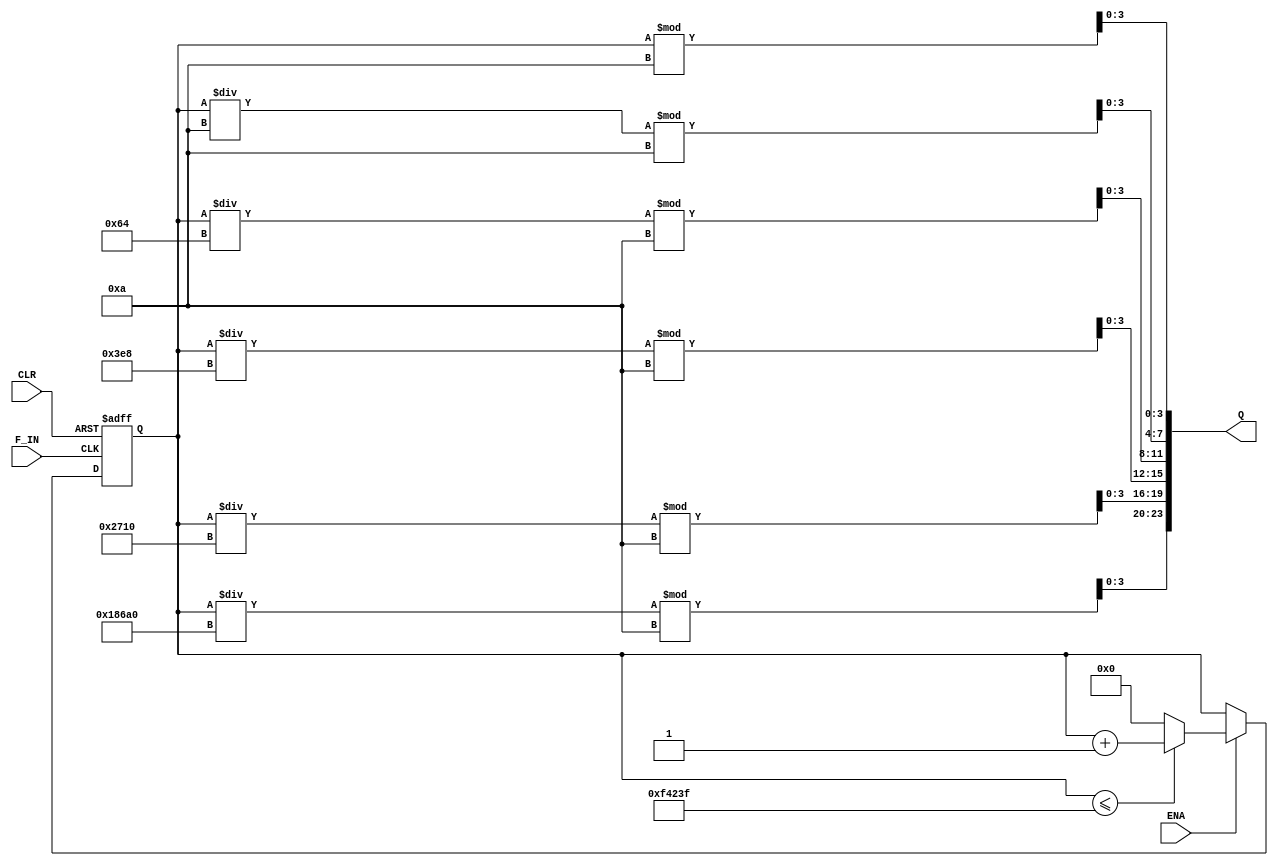
module counter6bit_test(ENA,CLR,F_IN,Q);
    input ENA;
    input CLR;
    input F_IN;
    output [23:0] Q;  
    
    reg F_OUT;
    reg [20:0] tmp;
		

    always@(posedge F_IN,posedge CLR)
    begin

        if(CLR)
        begin
        tmp<=0;
        end
        else
        begin
        if(ENA==1)
        begin
        if(tmp<=999999)
        begin
            tmp<=tmp+1;
        end
        else
        begin
            tmp<=0;
        end
        end

        end

    end
    
    assign Q[23:20]=(tmp/100000)%10;
    assign Q[19:16]=(tmp/10000)%10;
    assign Q[15:12]=(tmp/1000)%10;
    assign Q[11:8]=(tmp/100)%10;
    assign Q[7:4]=(tmp/10)%10;
    assign Q[3:0]=(tmp)%10;
 

  endmodule